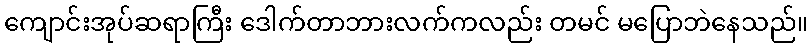
ကျောင်းအုပ်ဆရာကြီး ဒေါက်တာဘားလက်ကလည်း တမင် မပြောဘဲနေသည်။